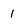
Character: 1